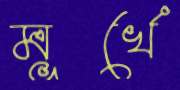
মূর্খে